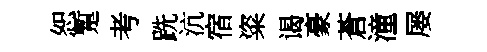
恕蹔考跣沆宿粢谒豪蒼潼屡